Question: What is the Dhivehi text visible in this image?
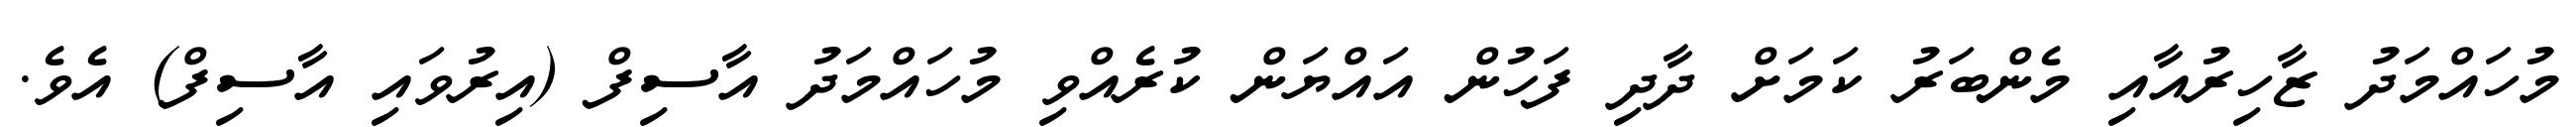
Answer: މުހައްމަދު ޒާހިރުއާއި މެންބަރު ކަމަށް ދާދި ފަހުން އައްޔަން ކުރެއްވި މުހައްމަދު އާސިފް (އިރުވައި އާސިފް) އެވެ.